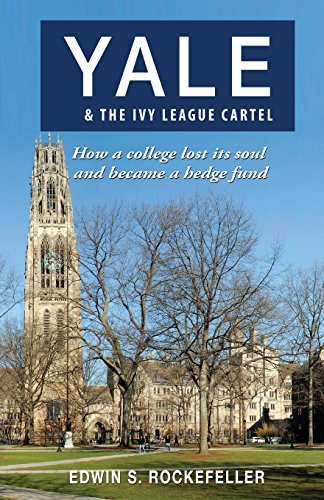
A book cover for Yale & The Ivy League Cartel - How a college lost its soul and became a hedge fund; Edwin S. Rockefeller; Education & Teaching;